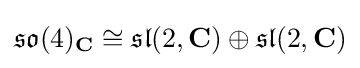
{\mathfrak {so}}(4)_{\mathbf {C} }\cong {\mathfrak {sl}}(2,\mathbf {C} )\oplus {\mathfrak {sl}}(2,\mathbf {C} )